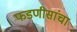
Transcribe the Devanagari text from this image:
फडणीसांचा